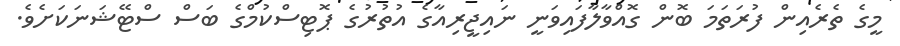
މީގެ ތެރެއިން ފުރަތަމަ ބޮން ގޮއްވާލާފައިވަނީ ނައިޖީރިއާގެ އުތުރުގެ ޕޮޓިސްކުމްގެ ބަސް ސްޓޭޝަނަކަށެވެ.